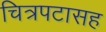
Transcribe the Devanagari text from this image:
चित्रपटासह